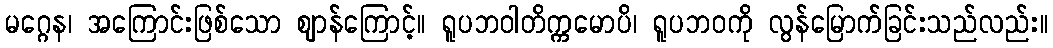
မဂ္ဂေန၊ အကြောင်းဖြစ်သော ဈာန်ကြောင့်။ ရူပဘဝါတိက္ကမောပိ၊ ရူပဘဝကို လွန်မြောက်ခြင်းသည်လည်း။